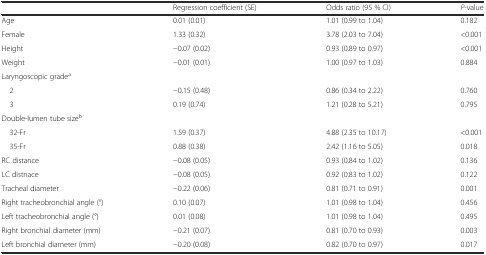
<table><thead><tr><td>[EMPTY_CELL]</td><td><b>Regression coefficient (SE)</b></td><td><b>Odds ratio (95 % CI)</b></td><td><b><i>P</i>-value</b></td></tr></thead><tbody><tr><td>Age</td><td>0.01 (0.01)</td><td>1.01 (0.99 to 1.04)</td><td>0.182</td></tr><tr><td>Female</td><td>1.33 (0.32)</td><td>3.78 (2.03 to 7.04)</td><td>&lt;0.001</td></tr><tr><td>Height</td><td>−0.07 (0.02)</td><td>0.93 (0.89 to 0.97)</td><td>&lt;0.001</td></tr><tr><td>Weight</td><td>−0.01 (0.01)</td><td>1.00 (0.97 to 1.03)</td><td>0.884</td></tr><tr><td>Laryngoscopic grade<sup>a</sup></td><td>[EMPTY_CELL]</td><td>[EMPTY_CELL]</td><td>[EMPTY_CELL]</td></tr><tr><td> 2</td><td>−0.15 (0.48)</td><td>0.86 (0.34 to 2.22)</td><td>0.760</td></tr><tr><td> 3</td><td>0.19 (0.74)</td><td>1.21 (0.28 to 5.21)</td><td>0.795</td></tr><tr><td>Double-lumen tube size<sup>b</sup></td><td>[EMPTY_CELL]</td><td>[EMPTY_CELL]</td><td>[EMPTY_CELL]</td></tr><tr><td> 32-Fr</td><td>1.59 (0.37)</td><td>4.88 (2.35 to 10.17)</td><td>&lt;0.001</td></tr><tr><td> 35-Fr</td><td>0.88 (0.38)</td><td>2.42 (1.16 to 5.05)</td><td>0.018</td></tr><tr><td>RC distance</td><td>−0.08 (0.05)</td><td>0.93 (0.84 to 1.02)</td><td>0.136</td></tr><tr><td>LC distnace</td><td>−0.08 (0.05)</td><td>0.92 (0.83 to 1.02)</td><td>0.122</td></tr><tr><td>Tracheal diameter</td><td>−0.22 (0.06)</td><td>0.81 (0.71 to 0.91)</td><td>0.001</td></tr><tr><td>Right tracheobronchial angle (°)</td><td>0.10 (0.07)</td><td>1.01 (0.98 to 1.04)</td><td>0.456</td></tr><tr><td>Left tracheobronchial angle (°)</td><td>0.01 (0.08)</td><td>1.01 (0.98 to 1.04)</td><td>0.495</td></tr><tr><td>Right bronchial diameter (mm)</td><td>−0.21 (0.07)</td><td>0.81 (0.70 to 0.93)</td><td>0.003</td></tr><tr><td>Left bronchial diameter (mm)</td><td>−0.20 (0.08)</td><td>0.82 (0.70 to 0.97)</td><td>0.017</td></tr></tbody></table>